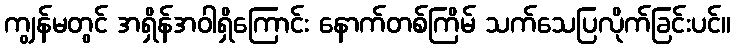
ကျွန်မတွင် အရှိန်အဝါရှိကြောင်း နောက်တစ်ကြိမ် သက်သေပြလိုက်ခြင်းပင်။